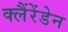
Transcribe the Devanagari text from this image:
क्लैंरेंडेन